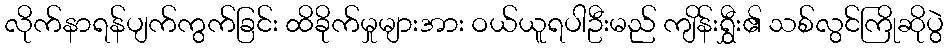
လိုက်နာရန်ပျက်ကွက်ခြင်း ထိခိုက်မှုများအား ဝယ်ယူရပါဦးမည် ကျိန်းရွှီး၏ သစ်လွင်ကြိုဆိုပွဲ